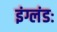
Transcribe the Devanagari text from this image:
इंग्लंडः